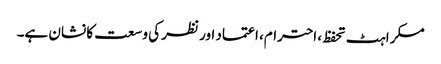
مسکراہٹ تحفظ، احترام، اعتماد اور نظر کی وسعت کا نشان ہے۔